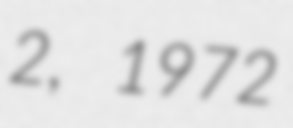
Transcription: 2, 1972